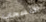
الانسحاب